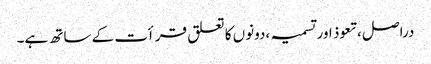
دراصل ،تعوذ اور تسمیہ ،دونوں کا تعلق قرأت کے ساتھ ہے۔